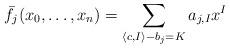
LaTeX: \begin{align*} \bar{f}_j(x_0,\dots,x_n)=\sum_{\langle c,I\rangle-b_j = K} a_{j,I} x^I \end{align*}